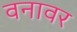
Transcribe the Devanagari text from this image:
वनावर